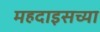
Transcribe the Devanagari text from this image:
महदाइसच्या